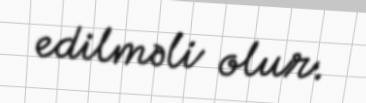
edilməli olur.